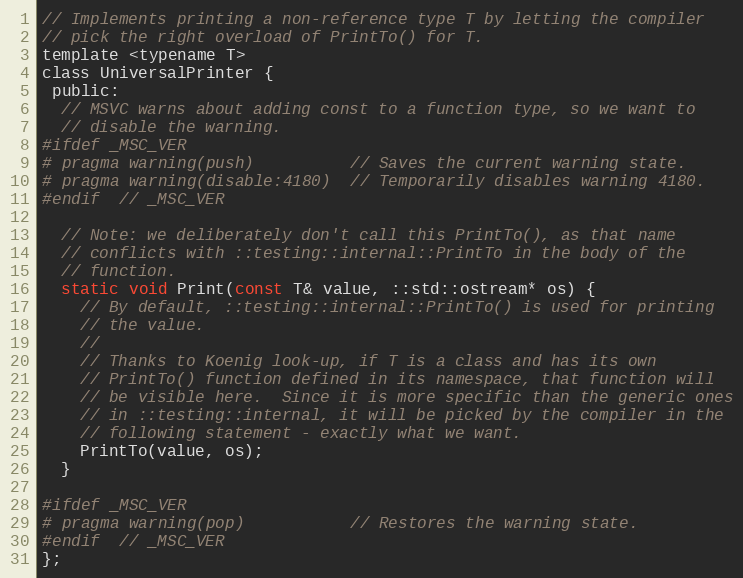
Language: C
// Implements printing a non-reference type T by letting the compiler
// pick the right overload of PrintTo() for T.
template <typename T>
class UniversalPrinter {
 public:
  // MSVC warns about adding const to a function type, so we want to
  // disable the warning.
#ifdef _MSC_VER
# pragma warning(push)          // Saves the current warning state.
# pragma warning(disable:4180)  // Temporarily disables warning 4180.
#endif  // _MSC_VER

  // Note: we deliberately don't call this PrintTo(), as that name
  // conflicts with ::testing::internal::PrintTo in the body of the
  // function.
  static void Print(const T& value, ::std::ostream* os) {
    // By default, ::testing::internal::PrintTo() is used for printing
    // the value.
    //
    // Thanks to Koenig look-up, if T is a class and has its own
    // PrintTo() function defined in its namespace, that function will
    // be visible here.  Since it is more specific than the generic ones
    // in ::testing::internal, it will be picked by the compiler in the
    // following statement - exactly what we want.
    PrintTo(value, os);
  }

#ifdef _MSC_VER
# pragma warning(pop)           // Restores the warning state.
#endif  // _MSC_VER
};